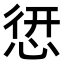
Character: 𢝐